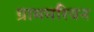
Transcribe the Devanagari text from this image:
ग्राममरियन